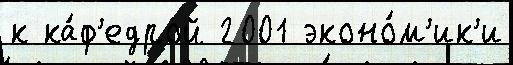
к ка́ф'едрой 2001 эконо́м'ик'и